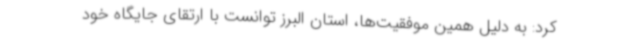
کرد: به دلیل همین موفقیت‌ها، استان البرز توانست با ارتقای جایگاه خود